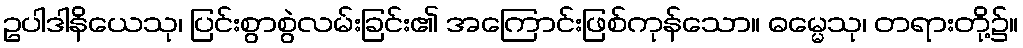
ဥပါဒါနိယေသု၊ ပြင်းစွာစွဲလမ်းခြင်း၏ အကြောင်းဖြစ်ကုန်သော။ ဓမ္မေသု၊ တရားတို့၌။